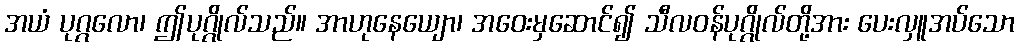
အယံ ပုဂ္ဂလော၊ ဤပုဂ္ဂိုလ်သည်။ အာဟုနေယျော၊ အဝေးမှဆောင်၍ သီလဝန်ပုဂ္ဂိုလ်တို့အား ပေးလှူအပ်သော